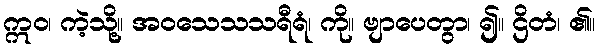
ဣဝ၊ ကဲ့သို့။ အဝသေသသရီရံ၊ ကို။ ဗျာပေတွာ၊ ၍။ ဌိတံ၊ ၏။